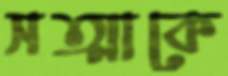
সত্মাকে